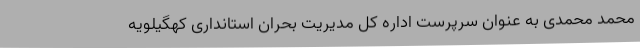
محمد محمدی به عنوان سرپرست اداره کل مدیریت بحران استانداری کهگیلویه